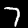
Label: 7